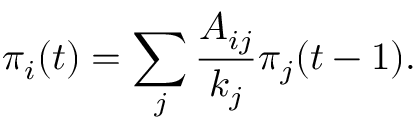
\pi _ { i } ( t ) = \sum _ { j } \frac { A _ { i j } } { k _ { j } } \pi _ { j } ( t - 1 ) .